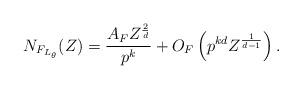
LaTeX: \begin{align*} N_{F_{L_\theta}} (Z) = \frac{A_F Z^{\frac{2}{d}}}{p^k} + O_F \left(p^{kd} Z^{\frac{1}{d-1}} \right). \end{align*}